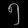
Digit: ၅